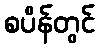
စပိန်တွင်